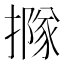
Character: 𢵌